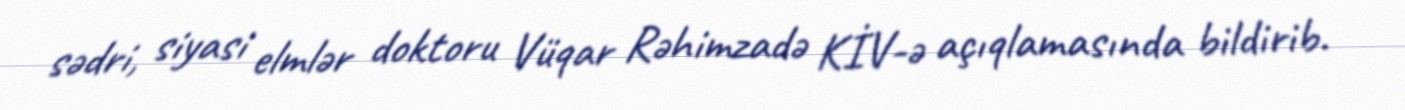
sədri, siyasi elmlər doktoru Vüqar Rəhimzadə KİV-ə açıqlamasında bildirib.